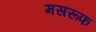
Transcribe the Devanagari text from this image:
मसरूफ